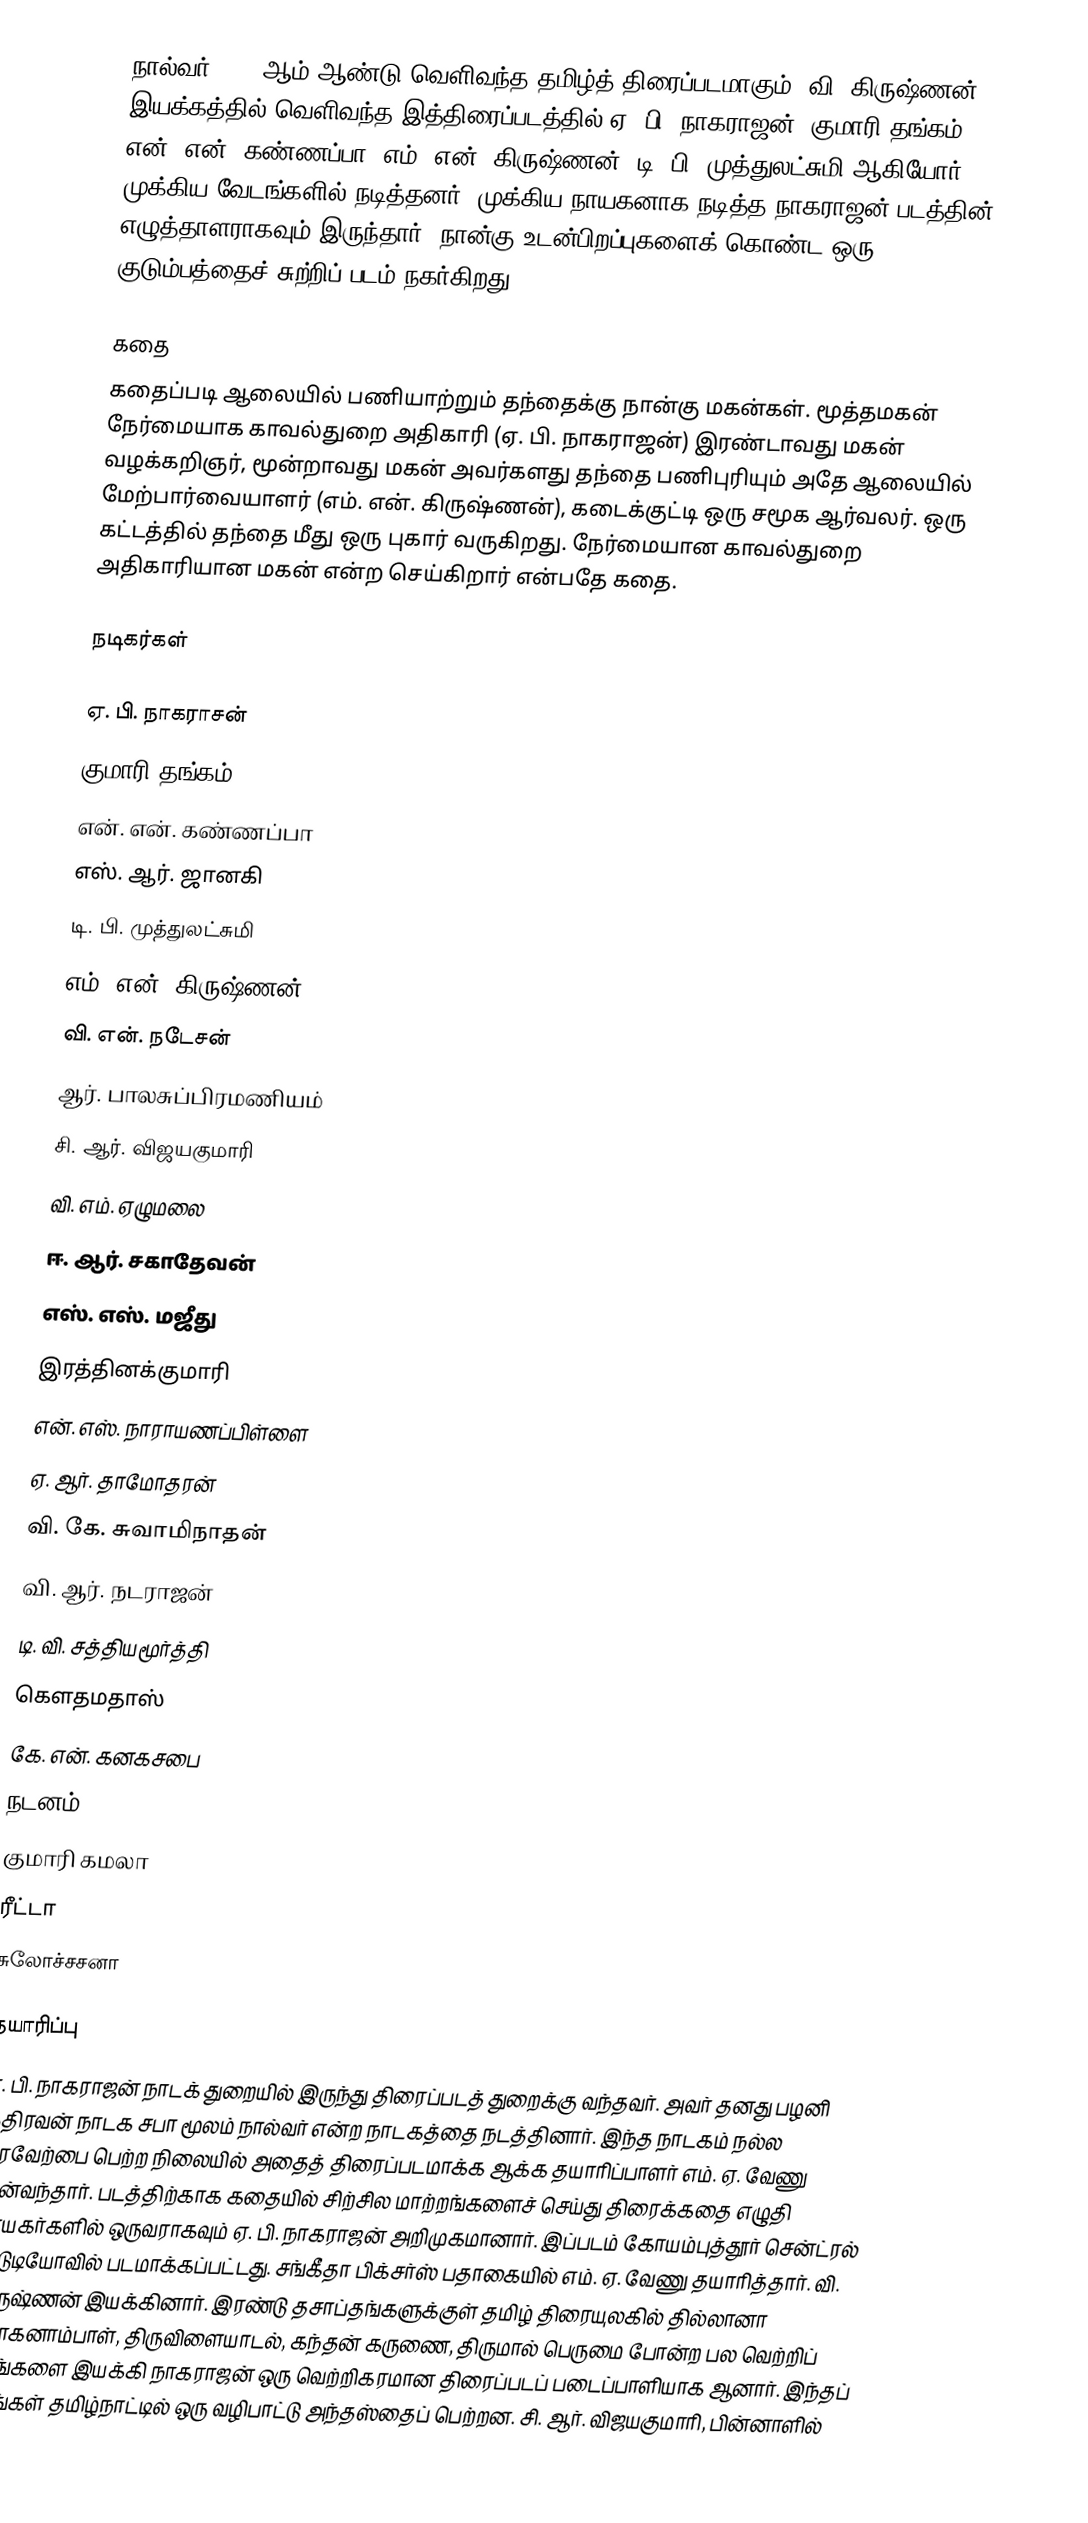
நால்வர் 1953 ஆம் ஆண்டு வெளிவந்த தமிழ்த் திரைப்படமாகும். வி. கிருஷ்ணன் இயக்கத்தில் வெளிவந்த இத்திரைப்படத்தில் ஏ. பி. நாகராஜன், குமாரி தங்கம், என். என். கண்ணப்பா, எம். என். கிருஷ்ணன், டி. பி. முத்துலட்சுமி ஆகியோர் முக்கிய வேடங்களில் நடித்தனர். முக்கிய நாயகனாக நடித்த நாகராஜன் படத்தின் எழுத்தாளராகவும் இருந்தார். நான்கு உடன்பிறப்புகளைக் கொண்ட ஒரு குடும்பத்தைச் சுற்றிப் படம் நகர்கிறது.

கதை
கதைப்படி ஆலையில் பணியாற்றும் தந்தைக்கு நான்கு மகன்கள். மூத்தமகன் நேர்மையாக காவல்துறை அதிகாரி (ஏ. பி. நாகராஜன்)  இரண்டாவது மகன் வழக்கறிஞர், மூன்றாவது மகன் அவர்களது தந்தை பணிபுரியும் அதே ஆலையில் மேற்பார்வையாளர் (எம். என். கிருஷ்ணன்), கடைக்குட்டி ஒரு சமூக ஆர்வலர். ஒரு கட்டத்தில் தந்தை மீது ஒரு புகார் வருகிறது. நேர்மையான காவல்துறை அதிகாரியான மகன் என்ற செய்கிறார் என்பதே கதை.

நடிகர்கள்

 ஏ. பி. நாகராசன்
 குமாரி தங்கம்
 என். என். கண்ணப்பா
 எஸ். ஆர். ஜானகி
 டி. பி. முத்துலட்சுமி
 எம். என். கிருஷ்ணன்
 வி. என். நடேசன்
 ஆர். பாலசுப்பிரமணியம்
 சி. ஆர். விஜயகுமாரி
 வி. எம். ஏழுமலை
 ஈ. ஆர். சகாதேவன்
 எஸ். எஸ். மஜீது
 இரத்தினக்குமாரி
 என். எஸ். நாராயணப்பிள்ளை
 ஏ. ஆர். தாமோதரன்
 வி. கே. சுவாமிநாதன்
 வி. ஆர். நடராஜன்
 டி. வி. சத்தியமூர்த்தி
 கௌதமதாஸ்
 கே. என். கனகசபை
நடனம்
 குமாரி கமலா
 ரீட்டா
 சுலோச்சசனா

தயாரிப்பு
ஏ. பி. நாகராஜன் நாடக் துறையில் இருந்து திரைப்படத் துறைக்கு வந்தவர். அவர் தனது பழனி கதிரவன் நாடக சபா மூலம் நால்வர் என்ற நாடகத்தை நடத்தினார். இந்த நாடகம் நல்ல வரவேற்பை பெற்ற நிலையில் அதைத் திரைப்படமாக்க ஆக்க தயாரிப்பாளர் எம். ஏ. வேணு முன்வந்தார். படத்திற்காக கதையில் சிற்சில மாற்றங்களைச் செய்து திரைக்கதை எழுதி நாயகர்களில் ஒருவராகவும் ஏ. பி. நாகராஜன் அறிமுகமானார். இப்படம் கோயம்புத்தூர் சென்ட்ரல் ஸ்டுடியோவில் படமாக்கப்பட்டது. சங்கீதா பிக்சர்ஸ் பதாகையில் எம். ஏ. வேணு தயாரித்தார். வி. கிருஷ்ணன் இயக்கினார். இரண்டு தசாப்தங்களுக்குள் தமிழ் திரையுலகில் தில்லானா மோகனாம்பாள், திருவிளையாடல், கந்தன் கருணை, திருமால் பெருமை போன்ற பல வெற்றிப் படங்களை இயக்கி நாகராஜன் ஒரு வெற்றிகரமான திரைப்படப் படைப்பாளியாக ஆனார். இந்தப் படங்கள் தமிழ்நாட்டில் ஒரு வழிபாட்டு அந்தஸ்தைப் பெற்றன. சி. ஆர். விஜயகுமாரி, பின்னாளில்